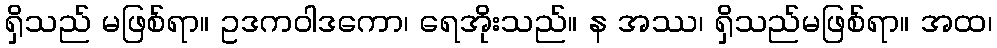
ရှိသည် မဖြစ်ရာ။ ဥဒကဝါဒကော၊ ရေအိုးသည်။ န အဿ၊ ရှိသည်မဖြစ်ရာ။ အထ၊